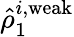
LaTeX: \hat{\rho}_{1}^{i,\mathrm{weak}}